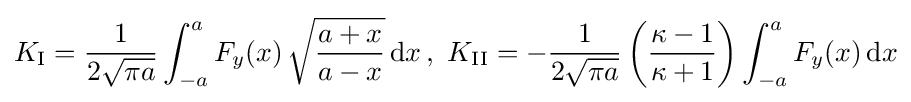
K_{\rm {I}}={\frac {1}{2{\sqrt {\pi a}}}}\int _{-a}^{a}F_{y}(x)\,{\sqrt {\frac {a+x}{a-x}}}\,{\rm {d}}x\,,\,\,K_{\rm {II}}=-{\frac {1}{2{\sqrt {\pi a}}}}\left({\frac {\kappa -1}{\kappa +1}}\right)\int _{-a}^{a}F_{y}(x)\,{\rm {d}}x